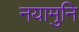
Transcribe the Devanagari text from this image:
नयामुनि